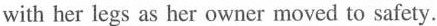
with her legs as her owner moved to safety.